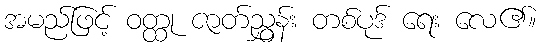
အမည်ဖြင့် ဝတ္ထု ဇာတ်ညွှန်း တစ်ပုဒ် ရေး လေ၏။